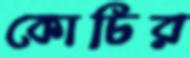
কোচির